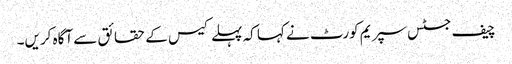
چیف جسٹس سپریم کورٹ نے کہا کہ پہلے کیس کے حقائق سے آگاہ کریں۔